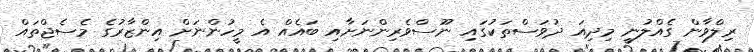
ރިލްވާން ގެއްލުނީ މިދިއަ ދުވަސްތަކުގައި ނޫސްވެރިންނަށާއި ބައެއް އެ މީހުންނަށް އިންޒާރުގެ މެސެޖްތައް